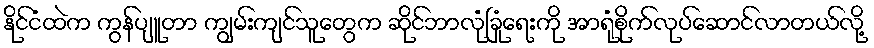
နိုင်ငံထဲက ကွန်ပျူတာ ကျွမ်းကျင်သူတွေက ဆိုင်ဘာလုံခြုံရေးကို အာရုံစိုက်လုပ်ဆောင်လာတယ်လို့